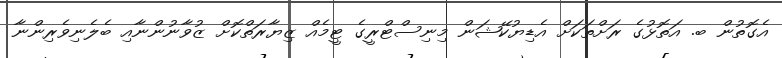
އެގޮތުން ބ. އަތޮޅުގެ ރަށްތަކަށް އެޑިޔުކޭޝަން މިނިސްޓްރީގެ ޓީމެއް ޒިޔާރަތްކޮށް ޒުވާނުންނާއި ބެލެނިވެރިންނާ